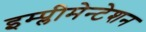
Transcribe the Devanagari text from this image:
इम्प्लीमेन्टेशन